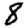
Digit: 8